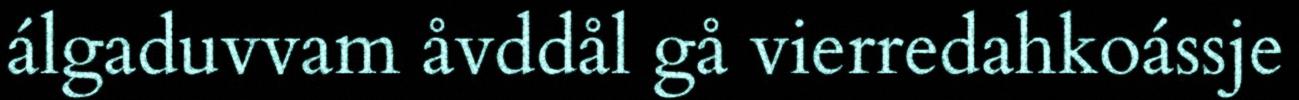
álgaduvvam åvddål gå vierredahkoássje